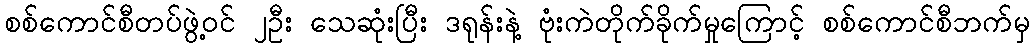
စစ်ကောင်စီတပ်ဖွဲ့ဝင် ၂ဦး သေဆုံးပြီး ဒရုန်းနဲ့ ဗုံးကဲတိုက်ခိုက်မှုကြောင့် စစ်ကောင်စီဘက်မှ